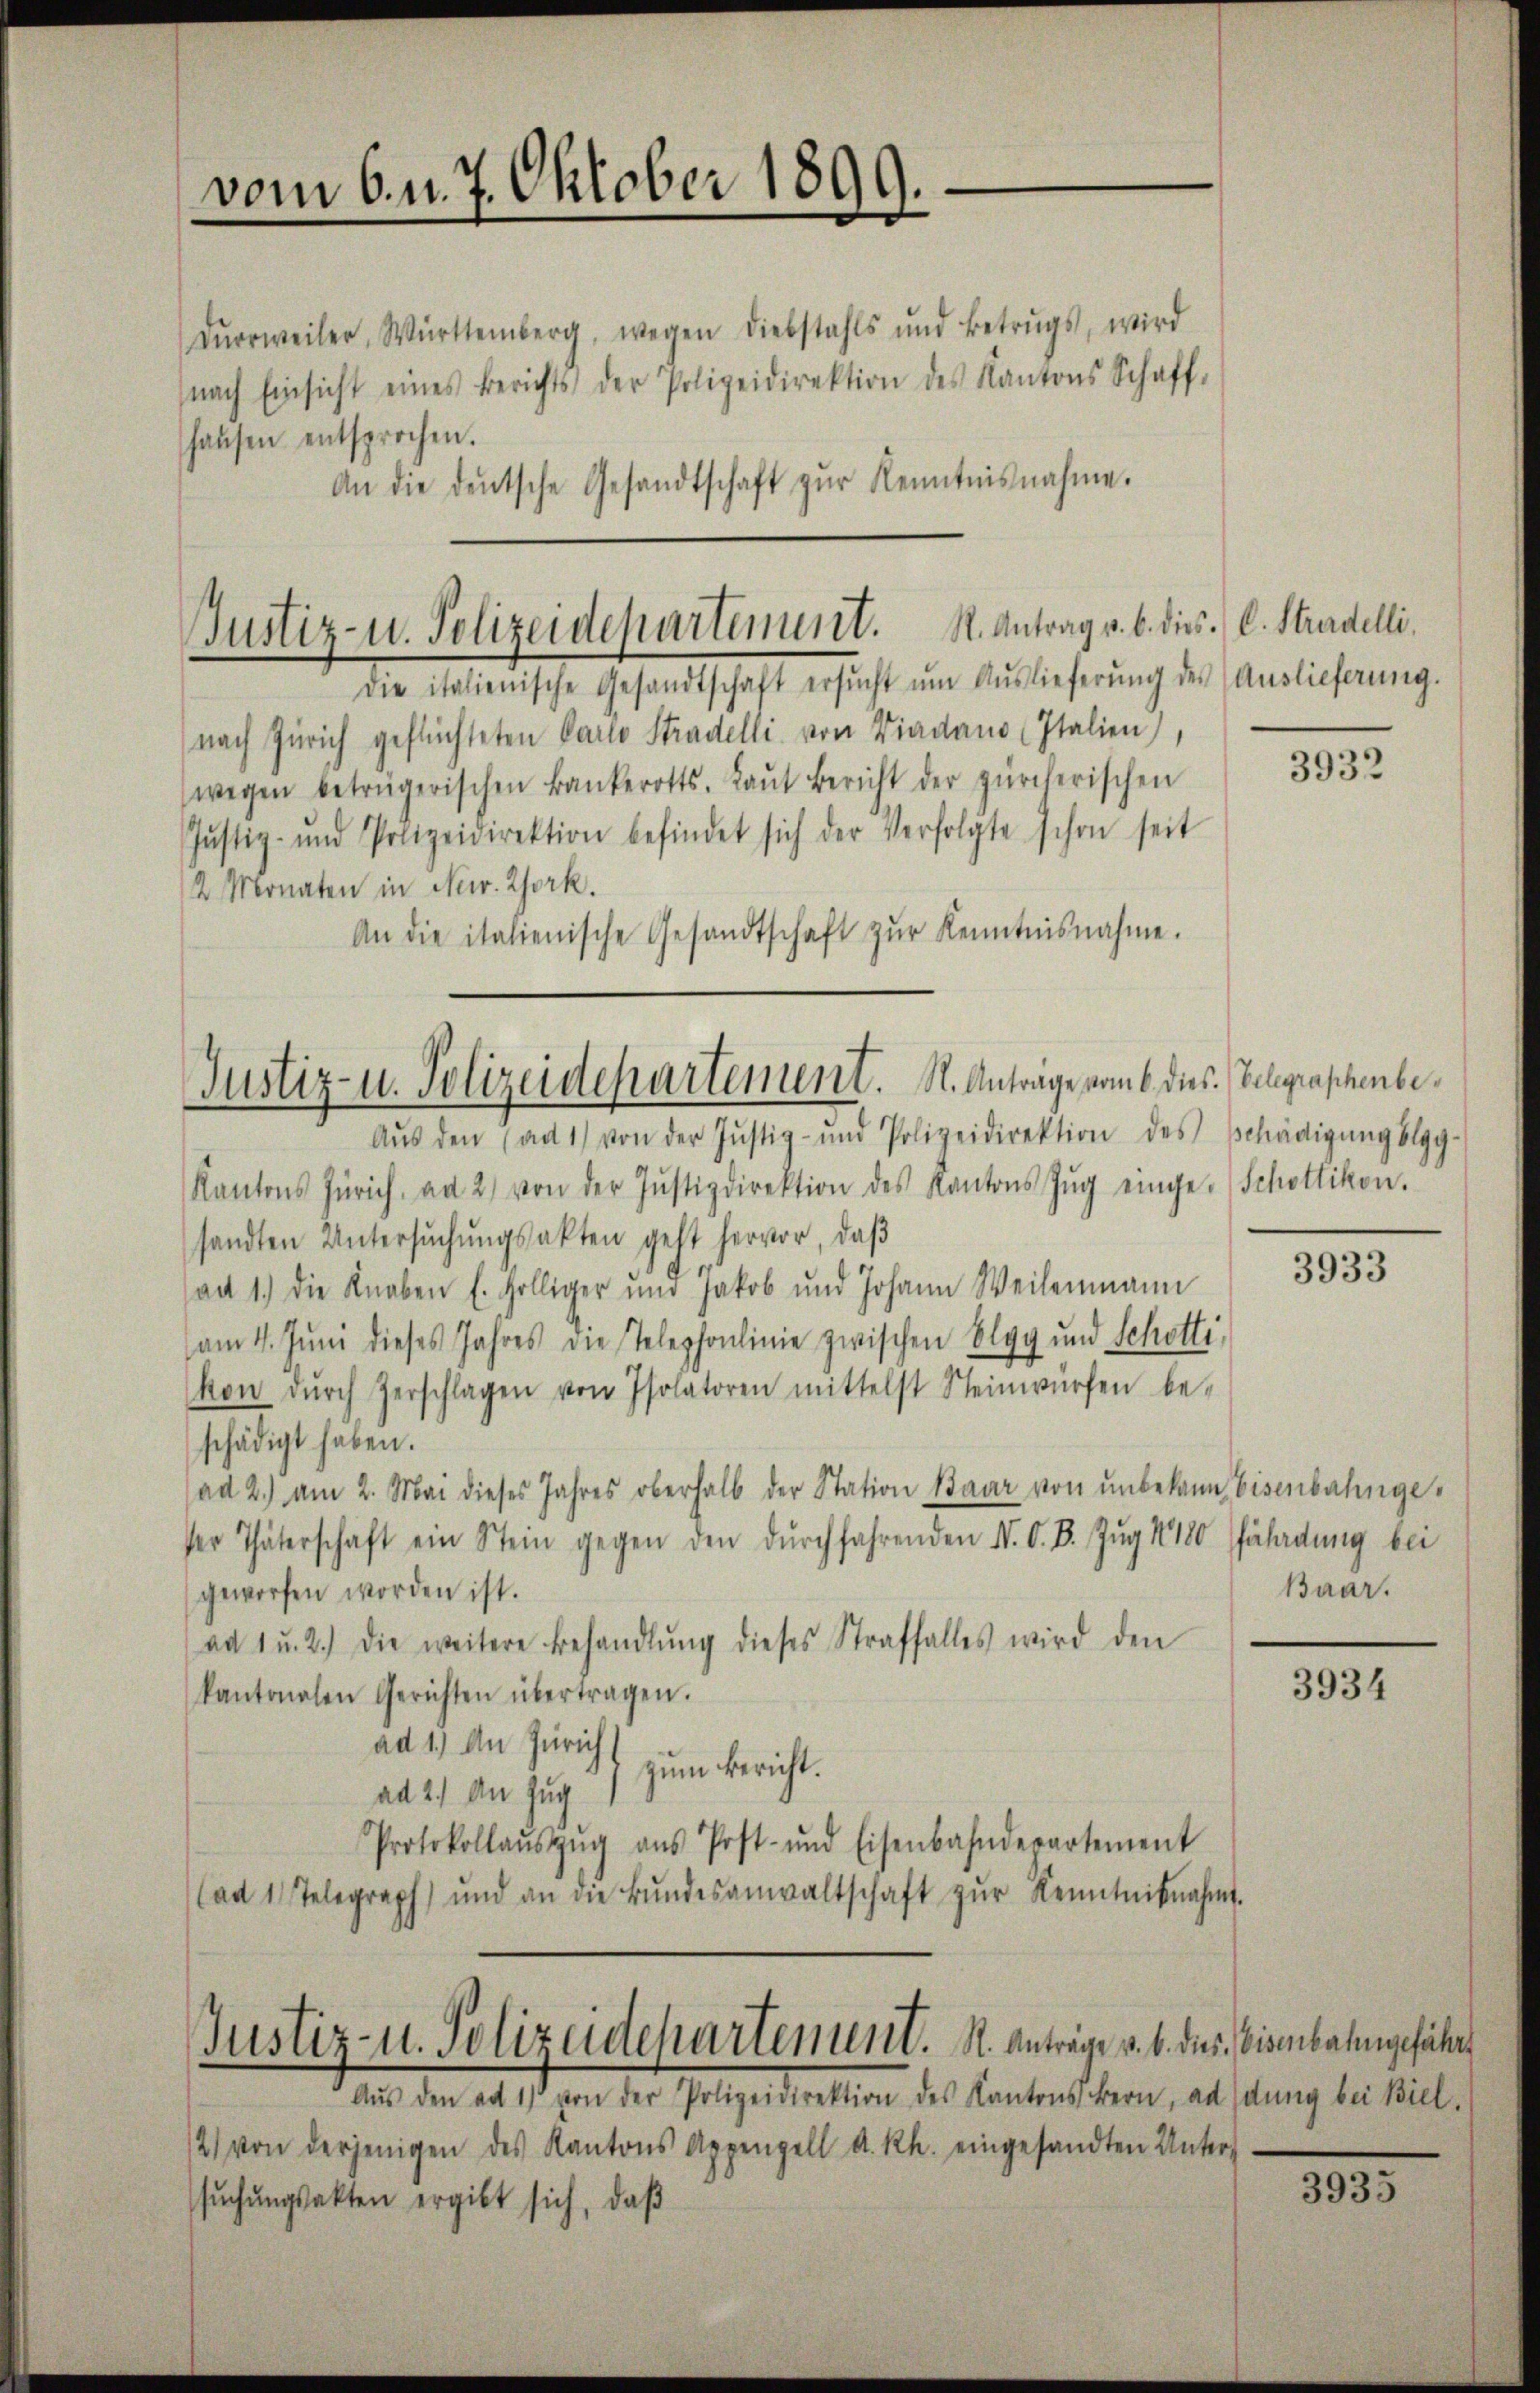
vom 6. d. 7. Oktober 1899.

Dŭrrweiler, Württemberg, wegen Diebstahls und Betrŭgs, wird
nach Einsicht eines Berichts der Polizeidirektion des Kantons Schaff-
haŭsen entsprochen.
An die deutsche Gesandtschaft zŭr Kenntnisnahme.

Justiz- u. Polizeidepartement. S. Antrag v. b. dies C. Stadelli
die italienische Gesandtschaft ersŭcht ŭm Aŭslieferŭng des (Auslieferung.

nach Zürich geflüchteten Carlo Stradelli von Viadans (Italien,
wegen betrügerischen Bankerotts. Laŭt Bericht der zürcherischen
Jŭstiz- und Polizeidirektion befindet sich der Verfolgte schon seit
2 Monaten in Nur. Zork.
An die italienische Gesandtschaft zŭr Kenntnisnahme.
Aŭs den (ad 1) von der Justiz- und Polizeidirektion des Schädigŭngslgg-
Kantons Zürich, ad 2) von der Justizdirektion des Kantons Zŭg einge-Schottikon.
sandten Untersŭchŭngsakten geht hervor, daβ
ad 1.) die Knaben E. Gilliger und Jakob und Johann Weilenmann
am 4. Juni dieses Jahres die Telephonlinie zwischen Elgg und Schottikon dŭrch Zerschlagen von Isolatoren mittelst Steinwürfen be-
schädigt haben.
(ad 2.) am 2. Mai dieses Jahres oberhalb der Station Baar von unbekann Eisenbahngeser Thäterschaft ein Stein gegen den dŭrchfahrenden N. O. B. Zŭg 1180 fährdung bei
geworfen worden ist.
ad 1 u. 2.) Die weitere Behandlŭng dieses Straffalles wird den
kantonalen Gerichten übertragen.
ad 1.) An Zürich
zum Bericht.
ad 2.) An Zug
Protokollaŭszŭg aŭs Post- und Eisenbahnderartement
ad 1. Telegraph und an die Bŭndesanwaltschaft zŭr Kenntnisnahmt.

Justiz- u. Polizeidepartement. S. Antrage vom 6. dies Gelegraphenbe¬

Justiz- u. Polizeidepartenunt. A. Anträge u. b. dies Eisenbahngefährt

Aŭs den ad 11 von der Polizeidirektion des Kantons Bern, addŭng bei Biel.
/2) von derjenigen des Kantons Appenzell a. Rh. eingesandten Unter-
sŭchŭngsakten ergibt sich, daß

3932

3933

Baar.

3934

3935